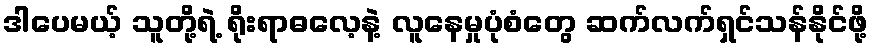
ဒါပေမယ့် သူတို့ရဲ့ ရိုးရာဓလေ့နဲ့ လူနေမှုပုံစံတွေ ဆက်လက်ရှင်သန်နိုင်ဖို့